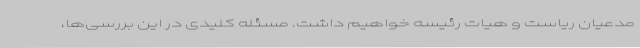
مدعیان ریاست و هیات رئیسه خواهیم داشت. مسئله کلیدی در این بررسی‌ها،